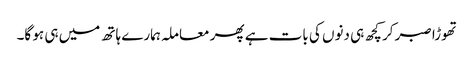
تھوڑا صبر کر کچھ ہی دنوں کی بات ہے پھر معاملہ ہمارے ہاتھ میں ہی ہو گا۔